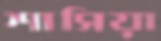
শাসিয়া